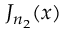
J _ { n _ { 2 } } ( x )